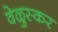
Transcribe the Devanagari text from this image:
वेळुस्कर